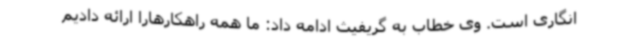
انگاری است. وی خطاب به گریفیث ادامه داد: ما همه راهکارهارا ارائه دادیم